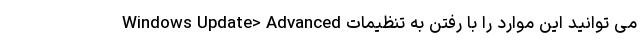
می توانید این موارد را با رفتن به تنظیمات Windows Update> Advanced